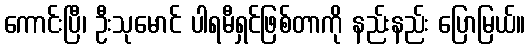
ကောင်းပြီ၊ ဦးသုမောင် ပါရမီရှင်ဖြစ်တာကို နည်းနည်း ပြောမြယ်။